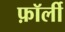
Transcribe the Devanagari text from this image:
फ़ॉर्ली